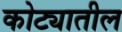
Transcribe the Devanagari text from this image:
कोट्यातील